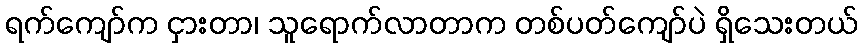
ရက်ကျော်က ငှားတာ၊ သူရောက်လာတာက တစ်ပတ်ကျော်ပဲ ရှိသေးတယ်